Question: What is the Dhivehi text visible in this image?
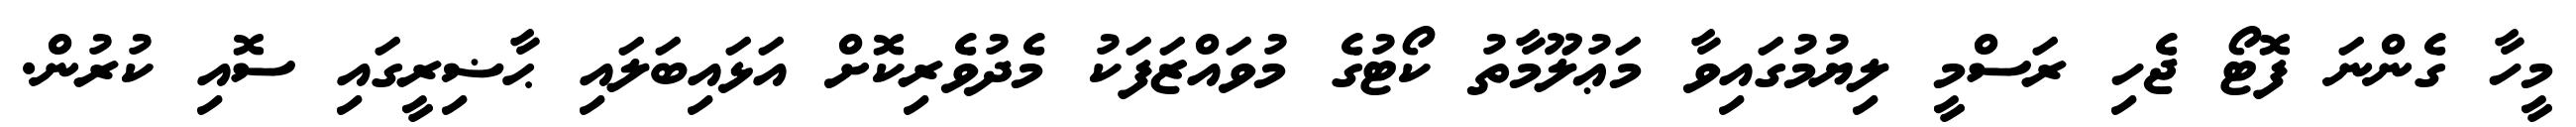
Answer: މީހާ ގެންނަ ފޮޓޯ ޖެހި ރަސްމީ ލިޔުމުގައިވާ މަޢުލޫމާތު ކޯޓުގެ މުވައްޒަފަކު މެދުވެރިކޮށް އަޅައިބަލައި ޙާޟިރީގައި ސޮއި ކުރުން.